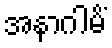
အနာဂါမိံ